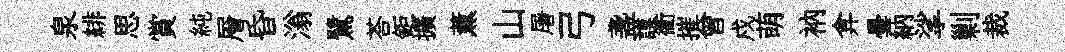
泉緋思賞純層昏滃鷺荅鉅擴薰山屠弓盞謨衢摧曾戍萌衲弇曇納挲剿裁